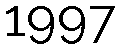
1997